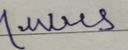
Signature authenticity: forged